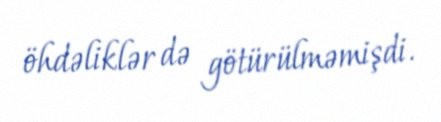
öhdəliklər də götürülməmişdi.